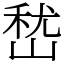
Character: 嵆